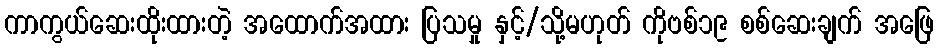
ကာကွယ်ဆေးထိုးထားတဲ့ အထောက်အထား ပြသမှု နှင့်/သို့မဟုတ် ကိုဗစ်၁၉ စစ်ဆေးချက် အဖြေ